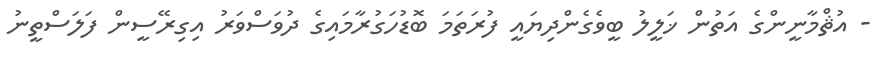
- އުޘްމާނީންގެ އަތުން ޚަލީލު ބީވެގެންދިޔައީ ފުރަތަމަ ބޮޑުހަގުރާމައިގެ ދުވަސްވަރު އިގިރޭސީން ފަލަސްތީނު